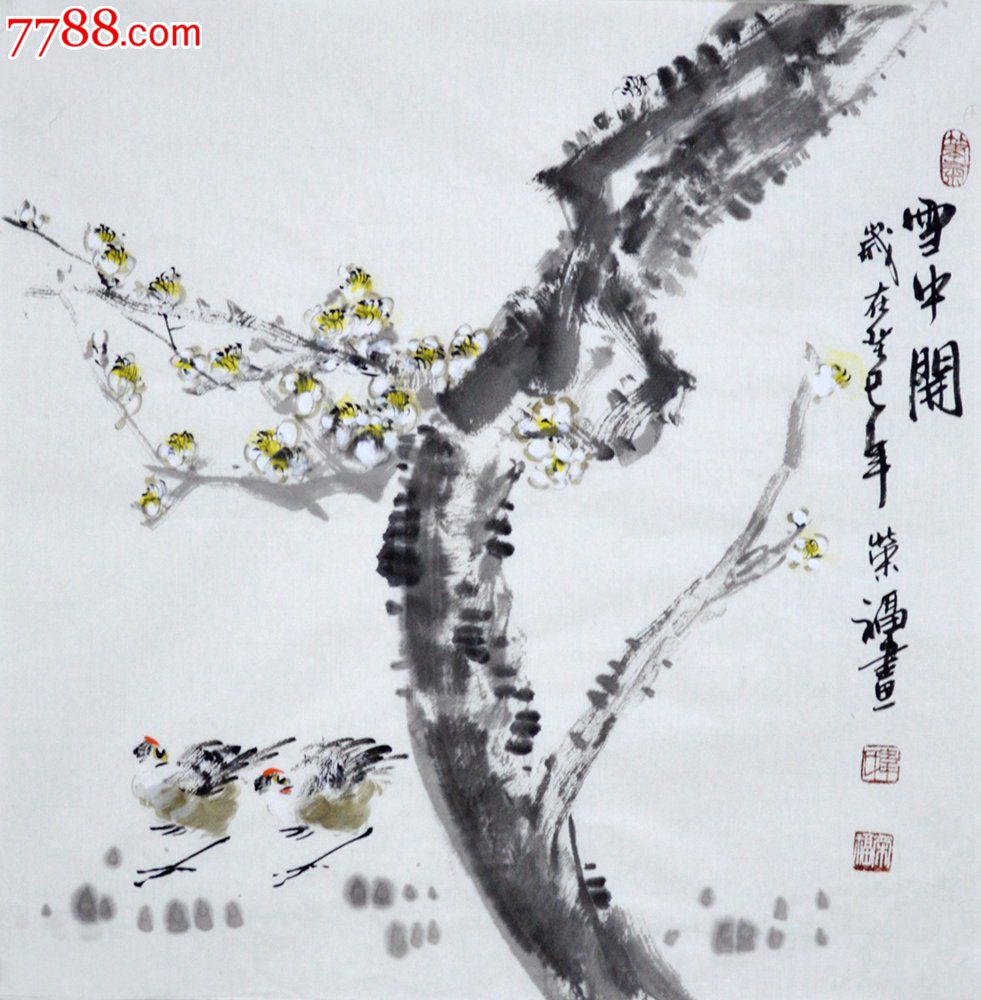
典尽客衣三尺雪，炼精诗句一头霜。